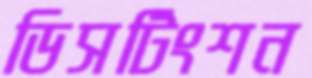
ডিসটিংশন